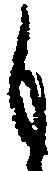
も